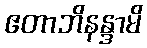
ဧတာဘိနန္ဒာမိ